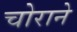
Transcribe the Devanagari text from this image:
चोराने